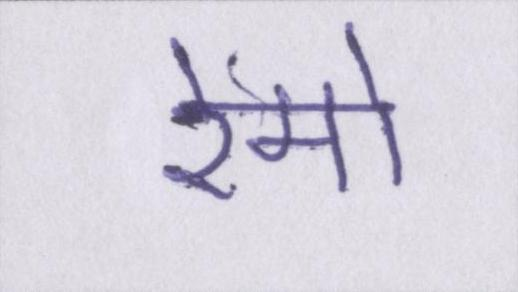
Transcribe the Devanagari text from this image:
रेमो